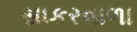
સાકરવાળા